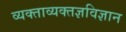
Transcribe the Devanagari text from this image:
व्यक्ताव्यक्तज्ञविज्ञान